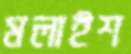
মলাইশ